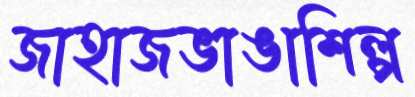
জাহাজভাঙাশিল্প